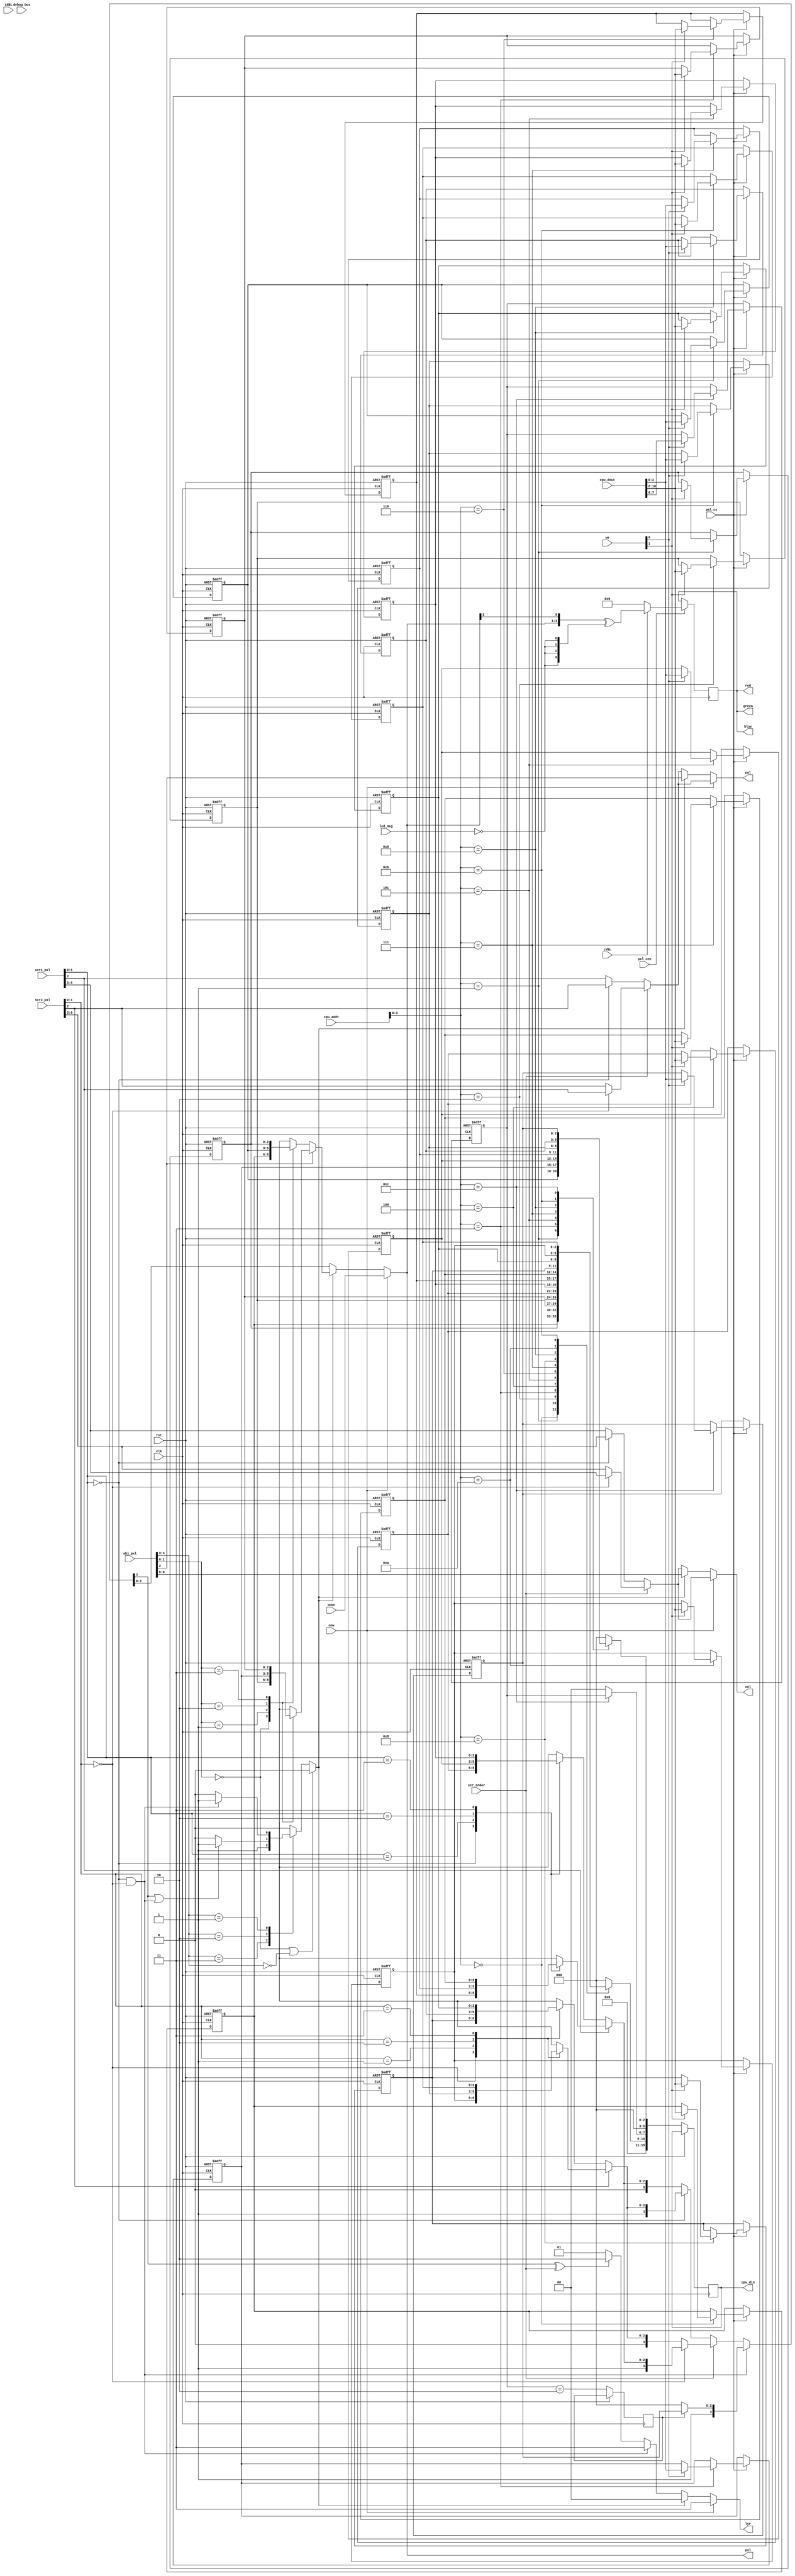
/*  This file is part of JTCORES.
    JTCORES program is free software: you can redistribute it and/or modify
    it under the terms of the GNU General Public License as published by
    the Free Software Foundation, either version 3 of the License, or
    (at your option) any later version.

    JTCORES program is distributed in the hope that it will be useful,
    but WITHOUT ANY WARRANTY; without even the implied warranty of
    MERCHANTABILITY or FITNESS FOR A PARTICULAR PURPOSE.  See the
    GNU General Public License for more details.

    You should have received a copy of the GNU General Public License
    along with JTCORES.  If not, see <http://www.gnu.org/licenses/>.

    Author: Jose Tejada Gomez. https://patreon.com/jotego
    Version: 1.0
    Date: 23-3-2022 */

module jtngp_colmix(
    input             rst,
    input             clk,
    input             pxl_cen,
    input             lcd_neg,

    input             scr_order,
    input      [ 2:0] oowc,
    input             oow,          // outside of window

    // CPU access
    input      [ 8:1] cpu_addr,
    output reg [15:0] cpu_din,
    input      [15:0] cpu_dout,
    input      [ 1:0] we,
    input             pal_cs,

    input             LHBL,
    input             LVBL,

    input       [6:0] scr1_pxl, // only bits 2:0 used for scroll in monochrome
    input       [6:0] scr2_pxl,
    input       [8:0] obj_pxl,

    // priority output
    output reg  [1:0] lyr,      // active layer: 00 sprite, 01 scr1, 10 scr2, 11 background
    output reg  [2:0] pxl,
    output reg  [3:0] col,
    output reg        pal,

    output      [3:0] red,
    output      [3:0] green,
    output      [3:0] blue,
    input       [7:0] debug_bus
    // gfx_en is handled at the scroll and obj modules
);

wire [ 1:0] prio = obj_pxl[4:3];
wire [ 3:0] scr_eff;    // bit 3 set for background tilemap
reg  [ 3:0] raw;
reg         bg_en;
wire [ 2:0] obj_palout, scr1_palout, scr2_palout;
wire        scr1_blank, scr2_blank, scr_blank, obj_blank;

// monochrome palette
reg [2:0]  obj_pal0 [1:3];
reg [2:0]  obj_pal1 [1:3];
reg [2:0] scr1_pal0 [1:3];
reg [2:0] scr1_pal1 [1:3];
reg [2:0] scr2_pal0 [1:3];
reg [2:0] scr2_pal1 [1:3];
reg [2:0] bg_pal;
reg [1:0] bg_cfg;
reg       obj_sel;

assign  scr1_blank = scr1_pxl[1:0]==0,
        scr2_blank = scr2_pxl[1:0]==0,
        obj_blank  = obj_pxl[1:0]==0 || prio==0,
        scr_blank  = scr1_blank && scr2_blank,
        obj_palout = obj_pxl[2] ? obj_pal1[obj_pxl[1:0]] : obj_pal0[obj_pxl[1:0]],
        scr1_palout= scr1_pxl[2] ? scr1_pal1[scr1_pxl[1:0]] : scr1_pal0[scr1_pxl[1:0]],
        scr2_palout= scr2_pxl[2] ? scr2_pal1[scr2_pxl[1:0]] : scr2_pal0[scr2_pxl[1:0]],
        scr_eff    = scr_blank ? {1'b1, bg_en ? bg_pal : 3'd0 } :
                     scr_order ?
            ( !scr2_blank ? {1'b0,scr2_palout} : {1'b1,scr1_palout} ):
            ( !scr1_blank ? {1'b0,scr1_palout} : {1'b1,scr2_palout} );

assign  red        = raw,
        blue       = raw,
        green      = raw;

always @* begin
    // layer mixing
    pxl     = scr_eff[2:0];
    lyr     = scr_blank ? 2'b11 : // background
       (scr_eff[3] ^ scr_order) ? 2'b10 : 2'b01;
    col     = scr_order ?
        (!scr2_blank ? scr2_pxl[6-:4] : scr1_pxl[6-:4]):
        (!scr1_blank ? scr1_pxl[6-:4] : scr2_pxl[6-:4]);
    pal     = scr_order ?
        (!scr2_blank ? scr2_pxl[2] : scr1_pxl[2]):
        (!scr1_blank ? scr1_pxl[2] : scr2_pxl[2]);
    obj_sel = 0;
    if( !obj_blank ) begin
        case( prio )
            3: obj_sel = 1;
            2: if( scr_eff[3] || scr_blank ) obj_sel = 1;
            1: if( scr_blank ) obj_sel = 1;
            default: ;  // do not draw the object
        endcase
    end
    if( oow )  begin
        lyr = 3;
        pxl = oowc;
    end else if( obj_sel ) begin
        lyr = 2'b00;
        col = obj_pxl[8-:4];
        pal = obj_pxl[2];
        pxl = obj_palout;
    end
end

always @(posedge clk) if(pxl_cen) begin
    raw <= LVBL ? { pxl[2:0], pxl[2] }^{4{~lcd_neg}} : 4'd0;
end

`ifdef SIMULATION
reg [7:0] zeroval[0:24];
integer f,cnt;

initial begin
    f = $fopen("pal.bin","rb");
    if( f!=0 ) begin
        cnt = $fread(zeroval,f);
        $display("Read %0d bytes from pal.bin",cnt);
        $fclose(f);
    end else begin
        $display("Could not open pal.bin");
    end
end
`endif

// palette writes
always @(posedge clk, posedge rst) begin
    if( rst ) begin
         obj_pal0[1] <= 7;  obj_pal0[2] <= 7;  obj_pal0[3] <= 7;
         obj_pal1[1] <= 7;  obj_pal1[2] <= 7;  obj_pal1[3] <= 7;
        scr1_pal0[1] <= 7; scr1_pal0[2] <= 7; scr1_pal0[3] <= 7;
        scr1_pal1[1] <= 7; scr1_pal1[2] <= 7; scr1_pal1[3] <= 7;
        scr2_pal0[1] <= 7; scr2_pal0[2] <= 7; scr2_pal0[3] <= 7;
        scr2_pal1[1] <= 7; scr2_pal1[2] <= 7; scr2_pal1[3] <= 7;
          bg_pal     <= 7;
          bg_cfg     <= 0;
`ifdef SIMULATION
        if( cnt==25 ) begin
             obj_pal0[1] <= zeroval[   1][2:0];
             obj_pal0[2] <= zeroval[   2][2:0];
             obj_pal0[3] <= zeroval[   3][2:0];
             obj_pal1[1] <= zeroval[ 4+1][2:0];
             obj_pal1[2] <= zeroval[ 4+2][2:0];
             obj_pal1[3] <= zeroval[ 4+3][2:0];
            scr1_pal0[1] <= zeroval[ 8+1][2:0];
            scr1_pal0[2] <= zeroval[ 8+2][2:0];
            scr1_pal0[3] <= zeroval[ 8+3][2:0];
            scr1_pal1[1] <= zeroval[12+1][2:0];
            scr1_pal1[2] <= zeroval[12+2][2:0];
            scr1_pal1[3] <= zeroval[12+3][2:0];
            scr2_pal0[1] <= zeroval[16+1][2:0];
            scr2_pal0[2] <= zeroval[16+2][2:0];
            scr2_pal0[3] <= zeroval[16+3][2:0];
            scr2_pal1[1] <= zeroval[20+1][2:0];
            scr2_pal1[2] <= zeroval[20+2][2:0];
            scr2_pal1[3] <= zeroval[20+3][2:0];
              bg_pal     <= zeroval[20+4][2:0];
              bg_cfg     <= zeroval[20+4][7:6];
        end
`endif
    end else begin
        cpu_din <= 0;
        bg_en   <= bg_cfg==2'b10;
        case( cpu_addr[4:1] )
            4'b0_000: cpu_din[10:8] <= obj_pal0[1];
            4'b0_001: begin
                cpu_din[ 2:0] <= obj_pal0[2];
                cpu_din[10:8] <= obj_pal0[3];
            end
            4'b0_010: cpu_din[10:8] <= obj_pal1[1];
            4'b0_011: begin
                cpu_din[ 2:0] <= obj_pal1[2];
                cpu_din[10:8] <= obj_pal1[3];
            end
            // Scroll 1
            4'b0_100: cpu_din[10:8] <= scr1_pal0[1];
            4'b0_101: begin
                cpu_din[ 2:0] <= scr1_pal0[2];
                cpu_din[10:8] <= scr1_pal0[3];
            end
            4'b0_110: cpu_din[10:8] <= scr1_pal1[1];
            4'b0_111: begin
                cpu_din[ 2:0] <= scr1_pal1[2];
                cpu_din[10:8] <= scr1_pal1[3];
            end
            // Scroll 2
            4'b1_000: cpu_din[10:8] <= scr2_pal0[1];
            4'b1_001: begin
                cpu_din[ 2:0] <= scr2_pal0[2];
                cpu_din[10:8] <= scr2_pal0[3];
            end
            4'b1_010: cpu_din[10:8] <= scr2_pal1[1];
            4'b1_011: begin
                cpu_din[ 2:0] <= scr2_pal1[2];
                cpu_din[10:8] <= scr2_pal1[3];
            end
            // Background
            4'b1_100: {cpu_din[7:6], cpu_din[2:0]} <= {bg_cfg,bg_pal};
            default:;
        endcase

        if( pal_cs ) case( cpu_addr[4:1] )
            4'b0_000: if( we[1] ) obj_pal0[1] <= cpu_dout[10:8];
            4'b0_001: begin
                if( we[0] ) obj_pal0[2] <= cpu_dout[ 2:0];
                if( we[1] ) obj_pal0[3] <= cpu_dout[10:8];
            end
            4'b0_010: if( we[1] ) obj_pal1[1] <= cpu_dout[10:8];
            4'b0_011: begin
                if( we[0] ) obj_pal1[2] <= cpu_dout[ 2:0];
                if( we[1] ) obj_pal1[3] <= cpu_dout[10:8];
            end
            // Scroll 1
            4'b0_100: if( we[1] ) scr1_pal0[1] <= cpu_dout[10:8];
            4'b0_101: begin
                if( we[0] ) scr1_pal0[2] <= cpu_dout[ 2:0];
                if( we[1] ) scr1_pal0[3] <= cpu_dout[10:8];
            end
            4'b0_110: if( we[1] ) scr1_pal1[1] <= cpu_dout[10:8];
            4'b0_111: begin
                if( we[0] ) scr1_pal1[2] <= cpu_dout[ 2:0];
                if( we[1] ) scr1_pal1[3] <= cpu_dout[10:8];
            end
            // Scroll 2
            4'b1_000: if( we[1] ) scr2_pal0[1] <= cpu_dout[10:8];
            4'b1_001: begin
                if( we[0] ) scr2_pal0[2] <= cpu_dout[ 2:0];
                if( we[1] ) scr2_pal0[3] <= cpu_dout[10:8];
            end
            4'b1_010: if( we[1] ) scr2_pal1[1] <= cpu_dout[10:8];
            4'b1_011: begin
                if( we[0] ) scr2_pal1[2] <= cpu_dout[ 2:0];
                if( we[1] ) scr2_pal1[3] <= cpu_dout[10:8];
            end
            // Background
            4'b1_100: if( we[0] ) {bg_cfg, bg_pal} <= {cpu_dout[7:6],cpu_dout[2:0]};
            default:;
        endcase
    end
end

endmodule